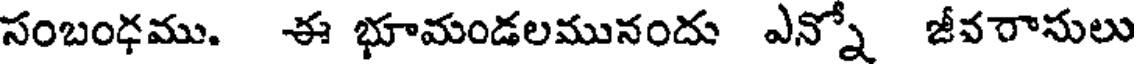
సంబంధము. ఈ భూమండలమునందు ఎన్నో జీవరాసులు